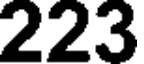
223